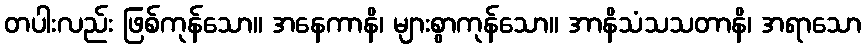
တပါးလည်း ဖြစ်ကုန်သော။ အနေကာနိ၊ များစွာကုန်သော။ အာနိသံသသတာနိ၊ အရာသော